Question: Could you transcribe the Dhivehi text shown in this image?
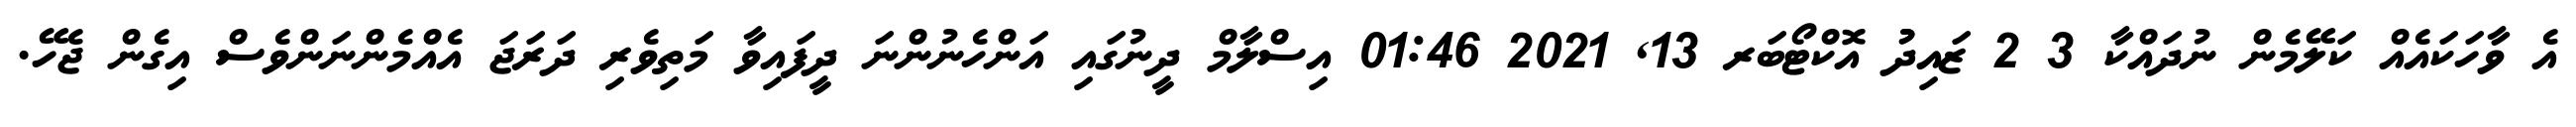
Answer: އެ ވާހަކައެއް ކަލޭމެން ނުދައްކާ 3 2 ޒައިދުު އޮކްޓޯބަރ 13, 2021 01:46 އިސްލާމް ދީނުގައި އަންހެނުންނަ ދީފައިވާ މަތިވެރި ދަރަޖަ އެއްމެންނަންވެސް އިގެން ޖެހޭ.